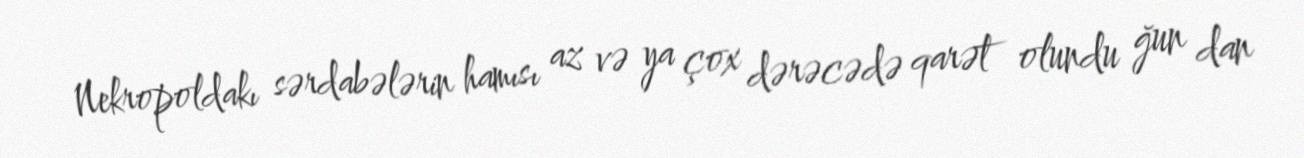
Nekropoldakı sərdabələrin hamısı az və ya çox dərəcədə qarət olundu ğun dan